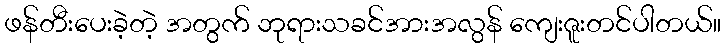
ဖန်တီးပေးခဲ့တဲ့ အတွက် ဘုရားသခင်အားအလွန် ကျေးဇူးတင်ပါတယ်။